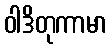
ဝါဒိတုကာမာ